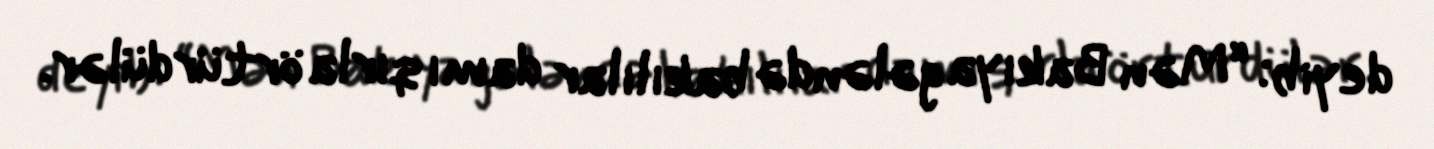
deyib: “Mən Bakıya gələndə bakılılar damı qırla örtürdülər.